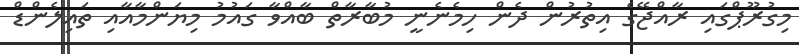
މިގުރޫޕްގައި ރާއްޖޭގެ އިތުރުން ދެން ހިމެނެނީ މުބާރާތް ބާއްވާ ގައުމު މިޔަންމާއާއި ތައިލެންޑް